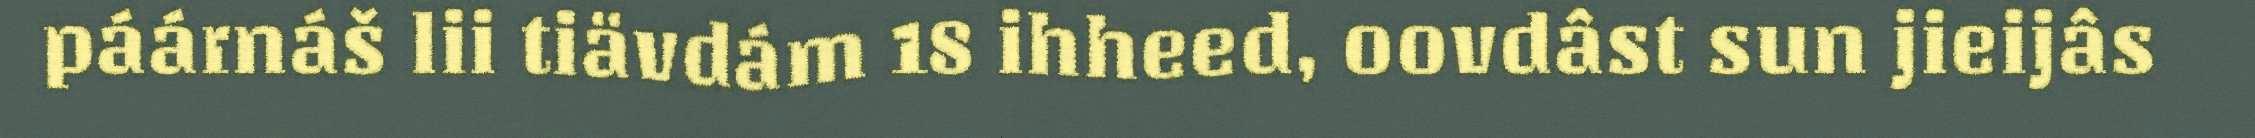
páárnáš lii tiävdám 18 ihheed, oovdâst sun jieijâs